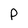
Character: P